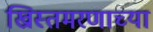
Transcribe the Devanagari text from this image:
ख्रिस्तमरणाच्या